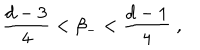
\frac { d - 3 } { 4 } < \beta _ { - } < \frac { d - 1 } { 4 } \; ,